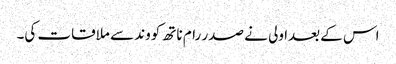
اس کے بعدا ولی نے صدر رام ناتھ کووند سے ملاقات کی۔